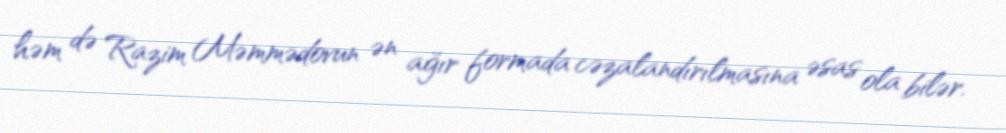
həm də Razim Məmmədovun ən ağır formada cəzalandırılmasına əsas ola bilər.